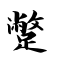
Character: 蹩